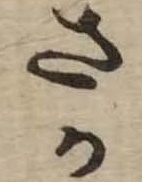
さか